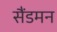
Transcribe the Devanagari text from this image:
सैंडमन